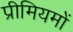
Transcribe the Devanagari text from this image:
प्रीमियमों